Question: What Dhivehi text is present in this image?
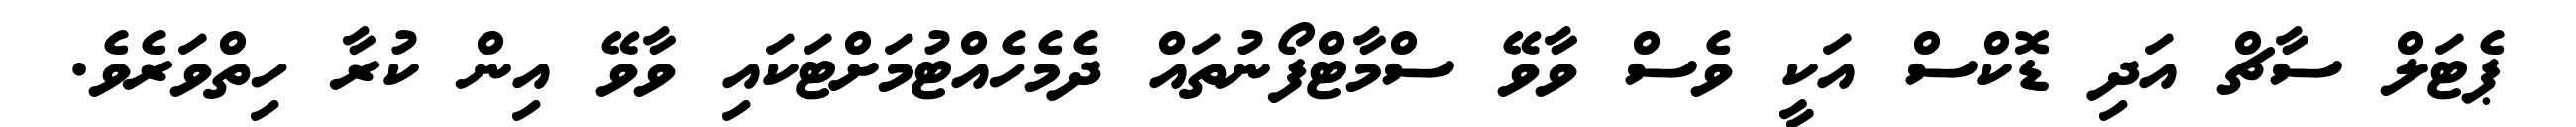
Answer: ޕެޓަލް ސާޗް އަދި ޑޮކްސް އަކީ ވެސް ވާވޭ ސްމާޓްފޯނުތައް ދެމެހެއްޓުމަށްޓަކައި ވާވޭ އިން ކުރާ ހިތްވަރެވެ.